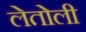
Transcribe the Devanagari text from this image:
लेतोली